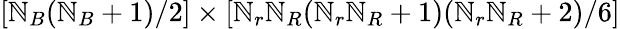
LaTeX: [\mathbb{N}_{B}(\mathbb{N}_{B}+1)/2]\times[\mathbb{N}_{r}\mathbb{N}_{R}(\mathbb{N}_{r}\mathbb{N}_{R}+1)(\mathbb{N}_{r}\mathbb{N}_{R}+2)/6]